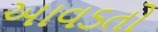
આવડતો